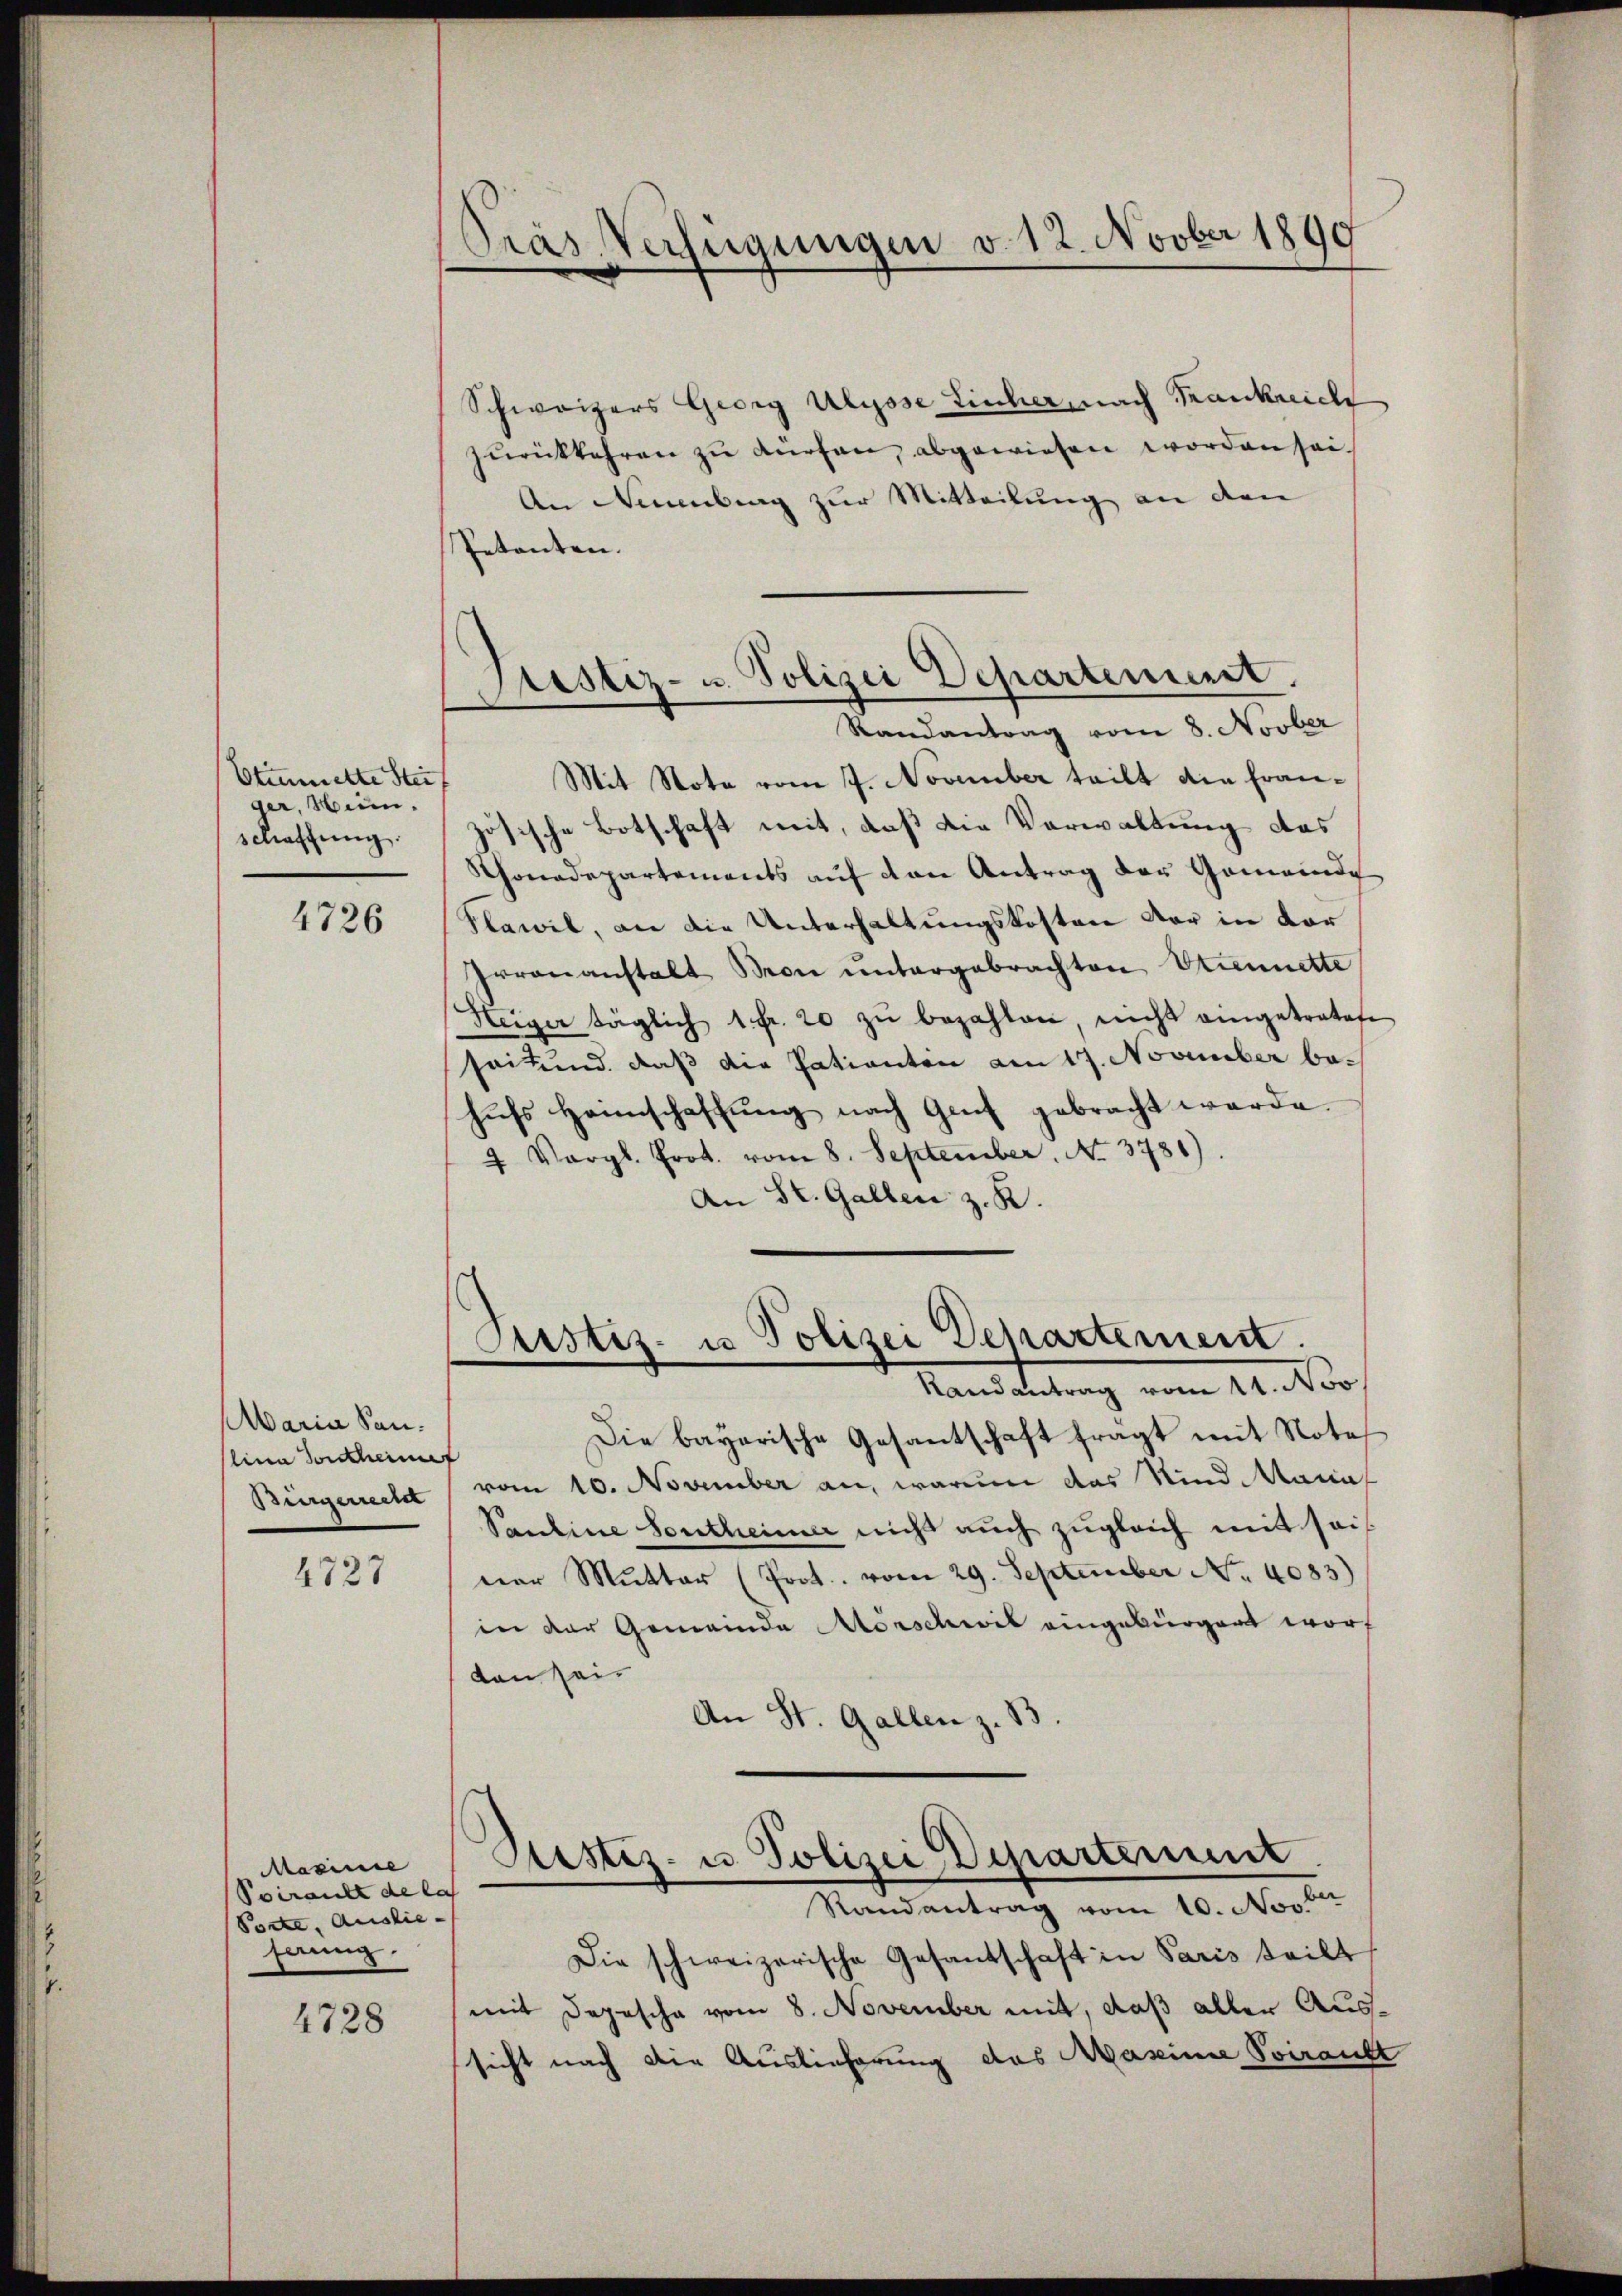
Otumierte Stei
ger, Wien.
schaffung.

4726

Maria San.
lina Vorscheint
Bürgerrect

4727

Masine
Poirante de las
Porte, Ausliefaung.

4728

Pras Verfügungen v. 12. Novber 1890

Schweizers Georg Ulysse Lincher, nach Frankreich
zŭrückkehren zŭ dürfen, abgewiesen worden sei.
An Neuenburg zur Mitteilung an den
Petenten.
Mit Note vom 7. November teilt die Französische Botschaft mit, daß die Verwaltung des
Thonadepartements auf den Antrag der Gemeinde
Plawil, an die Unterhaltungskosten der in der
Irrenanstalt Mon ŭntergebrachten Strennette
Heger täglich 1 Fr. 20 zŭ bezahlen, nicht eingetratete
seit und daß die Patienten am 17. November behŭfs Heimschaffŭng nach Gut gebracht werde.
4 Vergl. Prot. vom 8. September. No. 3781).
An St. Gallen z. R.

Pustiz- u. Polizei Departement.
Randantrag vom 8. Novber

Die bayerische Gesantschaft fragt mit Notes
vom 10. November an, warum das Kind Manns
Saudine Sontheimer nicht auch zugleich mit sais
ner Mutter (Prot. vom 29. September No. 4083)
in der Gemeinde Morschwil eingebürgert worf
ten sei.
An St. Gallen z. 13

Justiz- u Polizei Departemein,
Randantrag vom 14. Nov.

Sistiz- u Polizei Departement
Randantrag vom 10. Novber

Die schweizerische Gesantschaft in Paris teilt
mit Depesche vom 8. November mit, daß allen Aussicht nach die Auslieferung das Maseine Sviralt